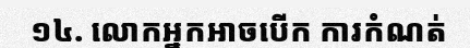
១៤. លោកអ្នកអាចបើក ការកំណត់